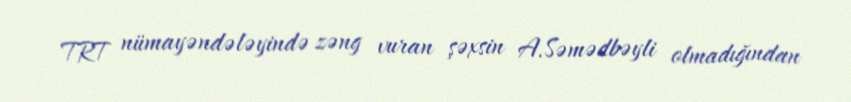
TRT nümayəndələyində zəng vuran şəxsin A.Səmədbəyli olmadığından